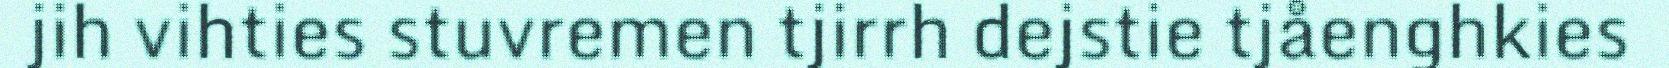
jih vihties stuvremen tjirrh dejstie tjåenghkies